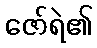
ဇော်ရဲ၏